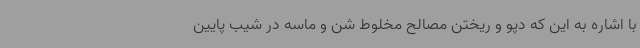
با اشاره به این که دپو و ریختن مصالح مخلوط شن و ماسه در شیب پایین